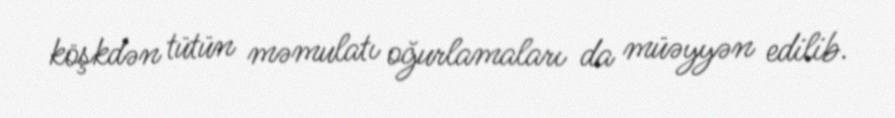
köşkdən tütün məmulatı oğurlamaları da müəyyən edilib.